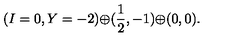
( I = 0 , Y = - 2 ) { \oplus } ( \frac { 1 } { 2 } , - 1 ) { \oplus } ( 0 , 0 ) .